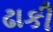
ઢાકી